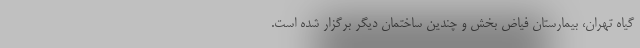
گیاه تهران، بیمارستان فیاض بخش و چندین ساختمان دیگر برگزار شده است.